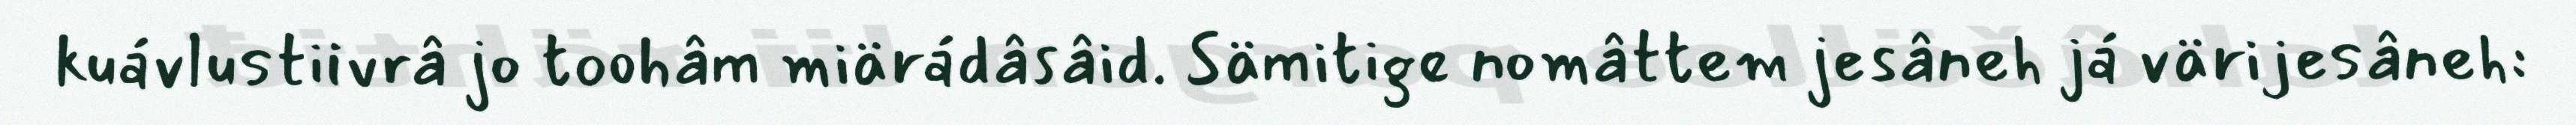
kuávlustiivrâ jo toohâm miärádâsâid. Sämitige nomâttem jesâneh já värijesâneh: